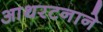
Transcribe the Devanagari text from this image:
आथरटनाने